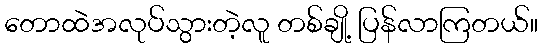
တောထဲအလုပ်သွားတဲ့လူ တစ်ချို့ ပြန်လာကြတယ်။